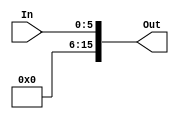
module SixToSixteen(input [5:0] In, output [15:0] Out);
  
  assign Out = { 10'b0, In};
endmodule